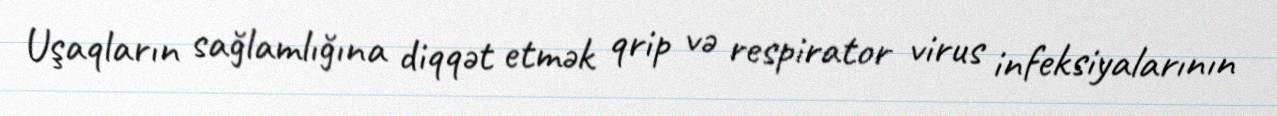
Uşaqların sağlamlığına diqqət etmək qrip və respirator virus infeksiyalarının